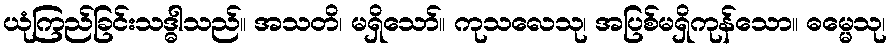
ယုံကြည်ခြင်းသဒ္ဓါသည်။ အသတိ၊ မရှိသော်။ ကုသလေသု၊ အပြစ်မရှိကုန်သော။ ဓမ္မေသု၊